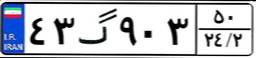
۴۳گ۹۰۳۵۰